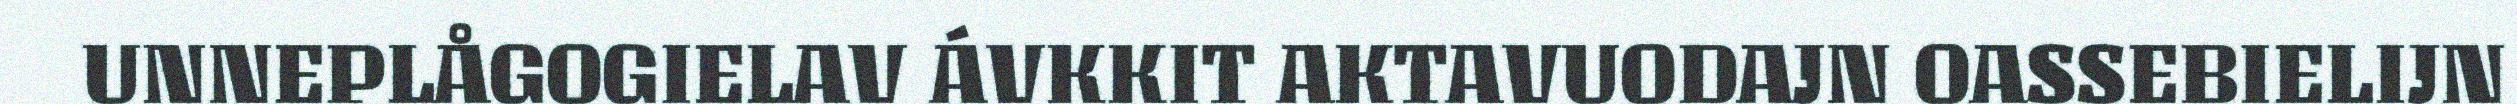
UNNEPLÅGOGIELAV ÁVKKIT AKTAVUODAJN OASSEBIELIJN